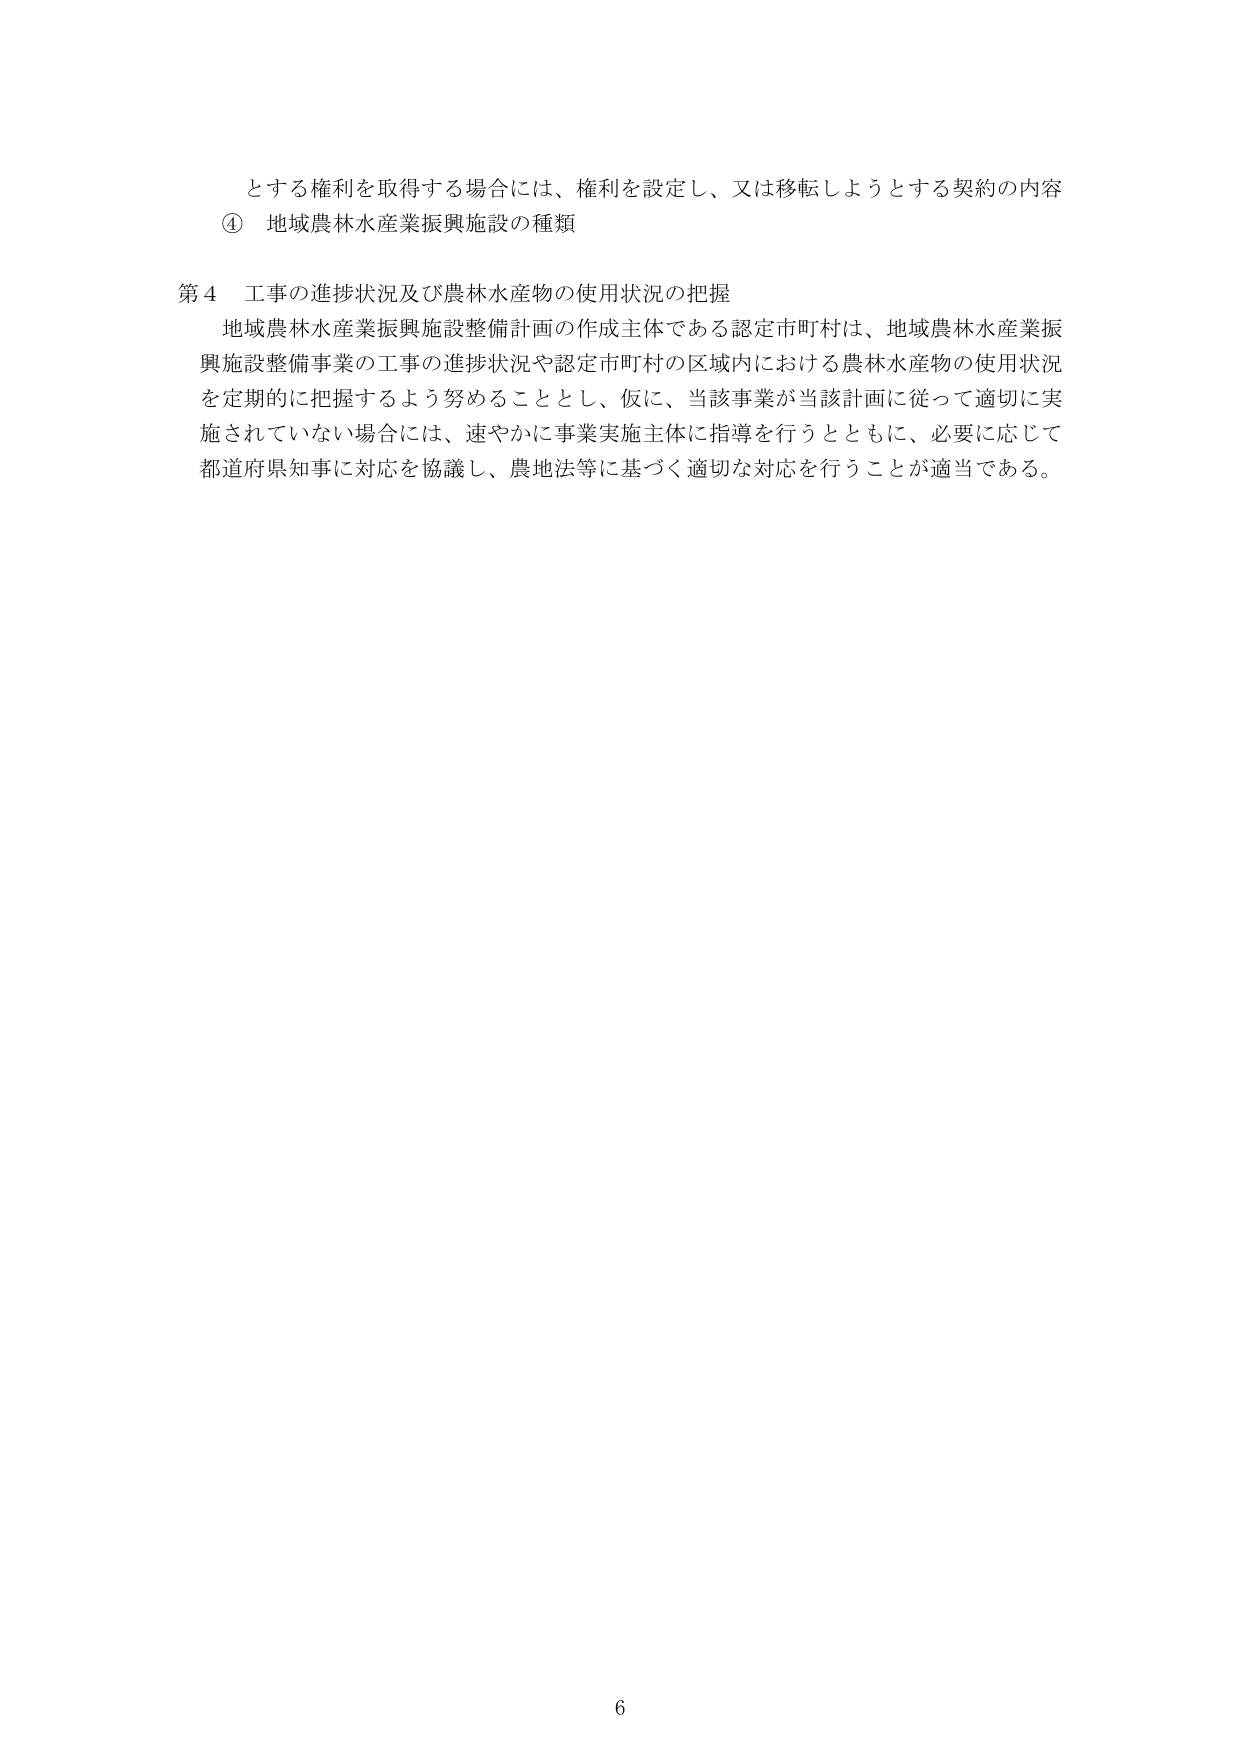
とする権利を取得する場合には、権利を設定し、又は移転しようとする契約の内容
④ 地域農林水産業振興施設の種類

第４ 工事の進捗状況及び農林水産物の使用状況の把握
地域農林水産業振興施設整備計画の作成主体である認定市町村は、地域農林水産業振興施設整備事業の工事の進捗状況や認定市町村の区域内における農林水産物の使用状況を定期的に把握するよう努めることとし、仮に、当該事業が当該計画に従って適切に実施されていない場合には、速やかに事業実施主体に指導を行うとともに、必要に応じて都道府県知事に対応を協議し、農地法等に基づく適切な対応を行うことが適当である。

6